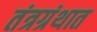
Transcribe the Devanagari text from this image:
तंत्रग्रंथात